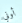
أوني